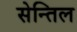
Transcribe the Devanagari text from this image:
सेन्तिल